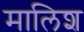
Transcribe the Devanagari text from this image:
मालिश्‍ा